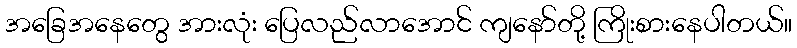
အခြေအနေတွေ အားလုံး ပြေလည်လာအောင် ကျနော်တို့ ကြိုးစားနေပါတယ်။